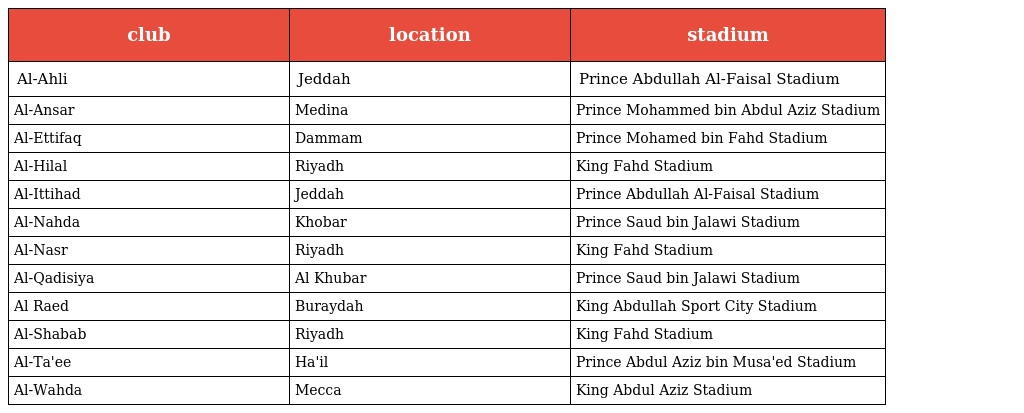
| club | location | stadium |
 | --- | --- | --- |
 | Al-Ahli | Jeddah | Prince Abdullah Al-Faisal Stadium |
 | Al-Ansar | Medina | Prince Mohammed bin Abdul Aziz Stadium |
 | Al-Ettifaq | Dammam | Prince Mohamed bin Fahd Stadium |
 | Al-Hilal | Riyadh | King Fahd Stadium |
 | Al-Ittihad | Jeddah | Prince Abdullah Al-Faisal Stadium |
 | Al-Nahda | Khobar | Prince Saud bin Jalawi Stadium |
 | Al-Nasr | Riyadh | King Fahd Stadium |
 | Al-Qadisiya | Al Khubar | Prince Saud bin Jalawi Stadium |
 | Al Raed | Buraydah | King Abdullah Sport City Stadium |
 | Al-Shabab | Riyadh | King Fahd Stadium |
 | Al-Ta'ee | Ha'il | Prince Abdul Aziz bin Musa'ed Stadium |
 | Al-Wahda | Mecca | King Abdul Aziz Stadium |